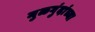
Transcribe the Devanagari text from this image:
मुळगुंदांच्या